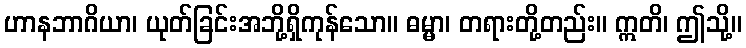
ဟာနဘာဂိယာ၊ ယုတ်ခြင်းအဘို့ရှိကုန်သော။ ဓမ္မာ၊ တရားတို့တည်း။ ဣတိ၊ ဤသို့။